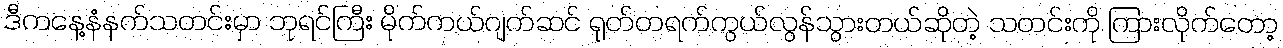
ဒီကနေ့နံနက်သတင်းမှာ ဘုရင်ကြီး မိုက်ကယ်ဂျက်ဆင် ရုတ်တရက်ကွယ်လွန်သွားတယ်ဆိုတဲ့ သတင်းကို ကြားလိုက်တော့